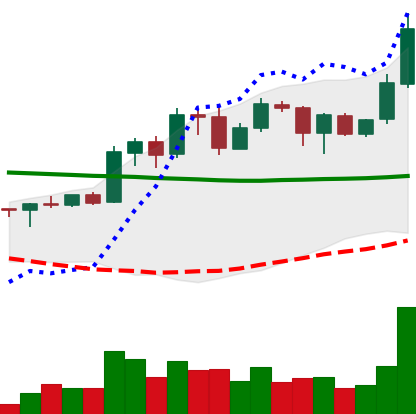
Ticker: ADA-USD
Chart end date: 2020-01-28
Forward return: 5.507%
Label: up_5_7